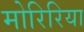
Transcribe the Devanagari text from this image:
मोरिरिया